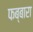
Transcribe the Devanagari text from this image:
फब्बारा